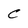
Character: C